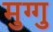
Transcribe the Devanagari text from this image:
मुग्गु